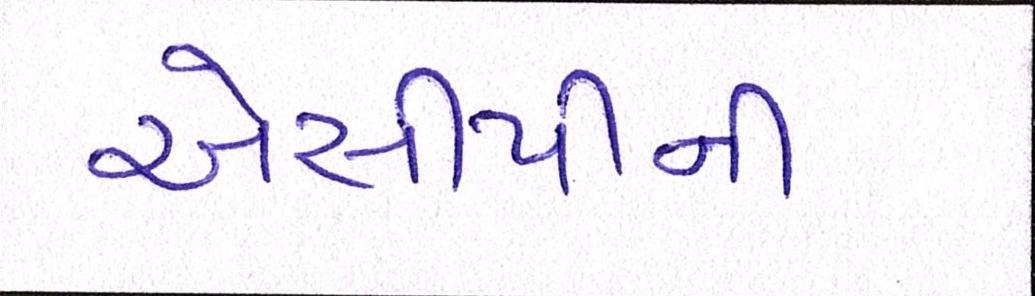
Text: એસીપીની